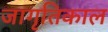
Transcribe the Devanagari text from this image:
जागृतिकाल